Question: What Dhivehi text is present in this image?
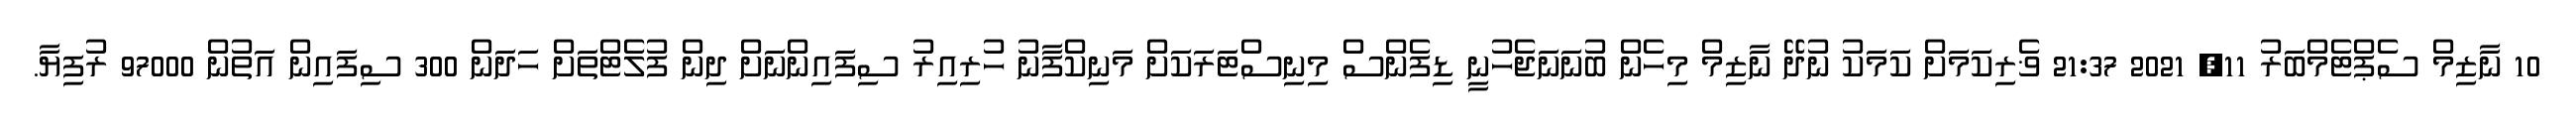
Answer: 10 ނާޒިމް ސެޕްޓެމްބަރު 11, 2021 21:37 ޥެރިކަމަށް ކަމަކު ނުދޭ ނާޒިމް މިހެން ބުނަނަޖެހުނީ ޑިފެންސް މިނިސްޓަރަކަށް މަނިކްފާނު ހުރިއިރު ސިފައިންނަށް ދިން ފުލެޓްތަށް ހަދަން 300 ސިފައިން އަތުން 97000 ރުފިޔާ.